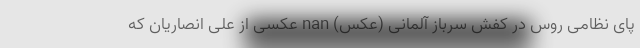
پای نظامی روس در کفش سرباز آلمانی (عکس) nan عکسی از علی انصاریان که